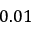
0 . 0 1